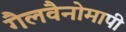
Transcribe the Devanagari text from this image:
गैलवैनोमापी